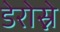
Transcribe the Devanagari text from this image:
डेरोस्ने